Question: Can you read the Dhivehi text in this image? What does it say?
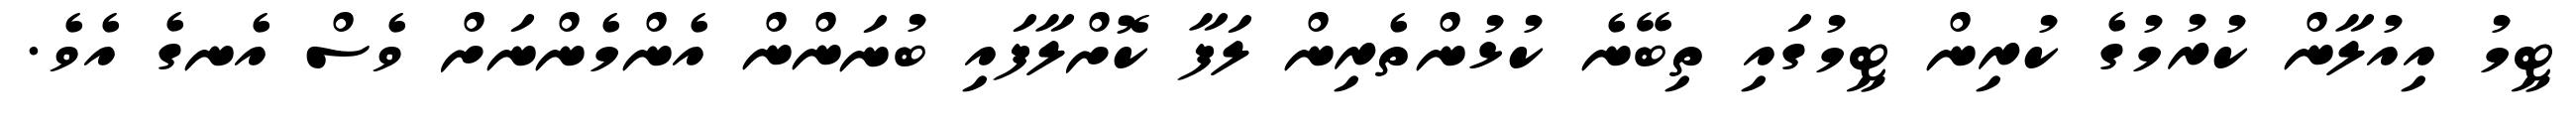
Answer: ޓީމު އިއުލާން ކުރުމުގެ ކުރިން ޓީމުގައި ތިބޭނެ ކުޅުންތެރިން ލަފާ ކޮށްލާފައި ބުނަންން އެންމެންނަށް ވެސް އެނގެ އެވެ.